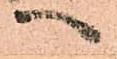
へ